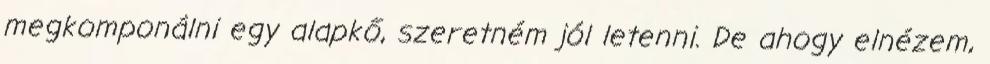
megkomponálni egy alapkő, szeretném jól letenni. De ahogy elnézem,